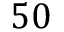
5 0